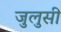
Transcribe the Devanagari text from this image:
जुलुसी